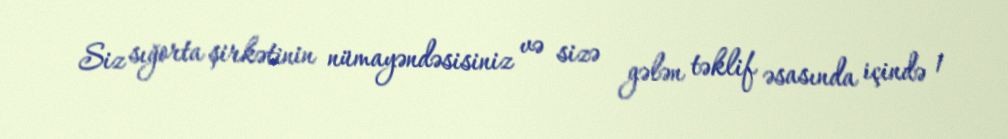
Siz sığorta şirkətinin nümayəndəsisiniz və sizə gələn təklif əsasında içində 1